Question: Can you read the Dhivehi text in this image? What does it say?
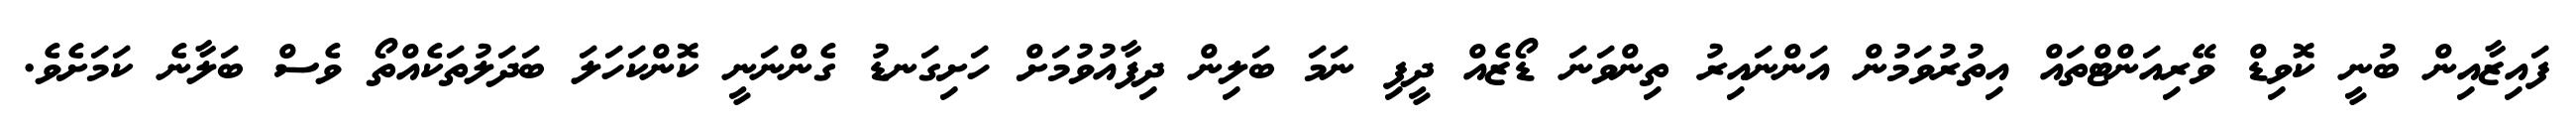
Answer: ފައިޒާއިން ބުނީ ކޮވިޑް ވޭރިއަންޓްތައް އިތުރުވަމުން އަންނައިރު ތިންވަނަ ޑޯޒެއް ދީފި ނަމަ ބަލިން ދިފާއުވުމަށް ހަށިގަނޑު ގެންނަނީ ކޮންކަހަލަ ބަދަލުތަކެއްތޯ ވެސް ބަލާނެ ކަމަށެވެ.